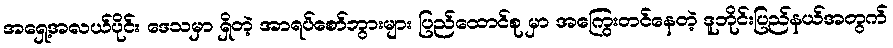
အရှေ့အလယ်ပိုင်း ဒေသမှာ ရှိတဲ့ အာရပ်စော်ဘွားများ ပြည်ထောင်စု မှာ အကြွေးတင်နေတဲ့ ဒူဘိုင်းပြည်နယ်အတွက်